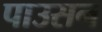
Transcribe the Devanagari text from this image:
पाउसन